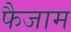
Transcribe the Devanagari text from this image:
फैजाम